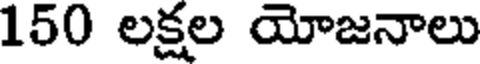
150 లక్షల యోజనాలు